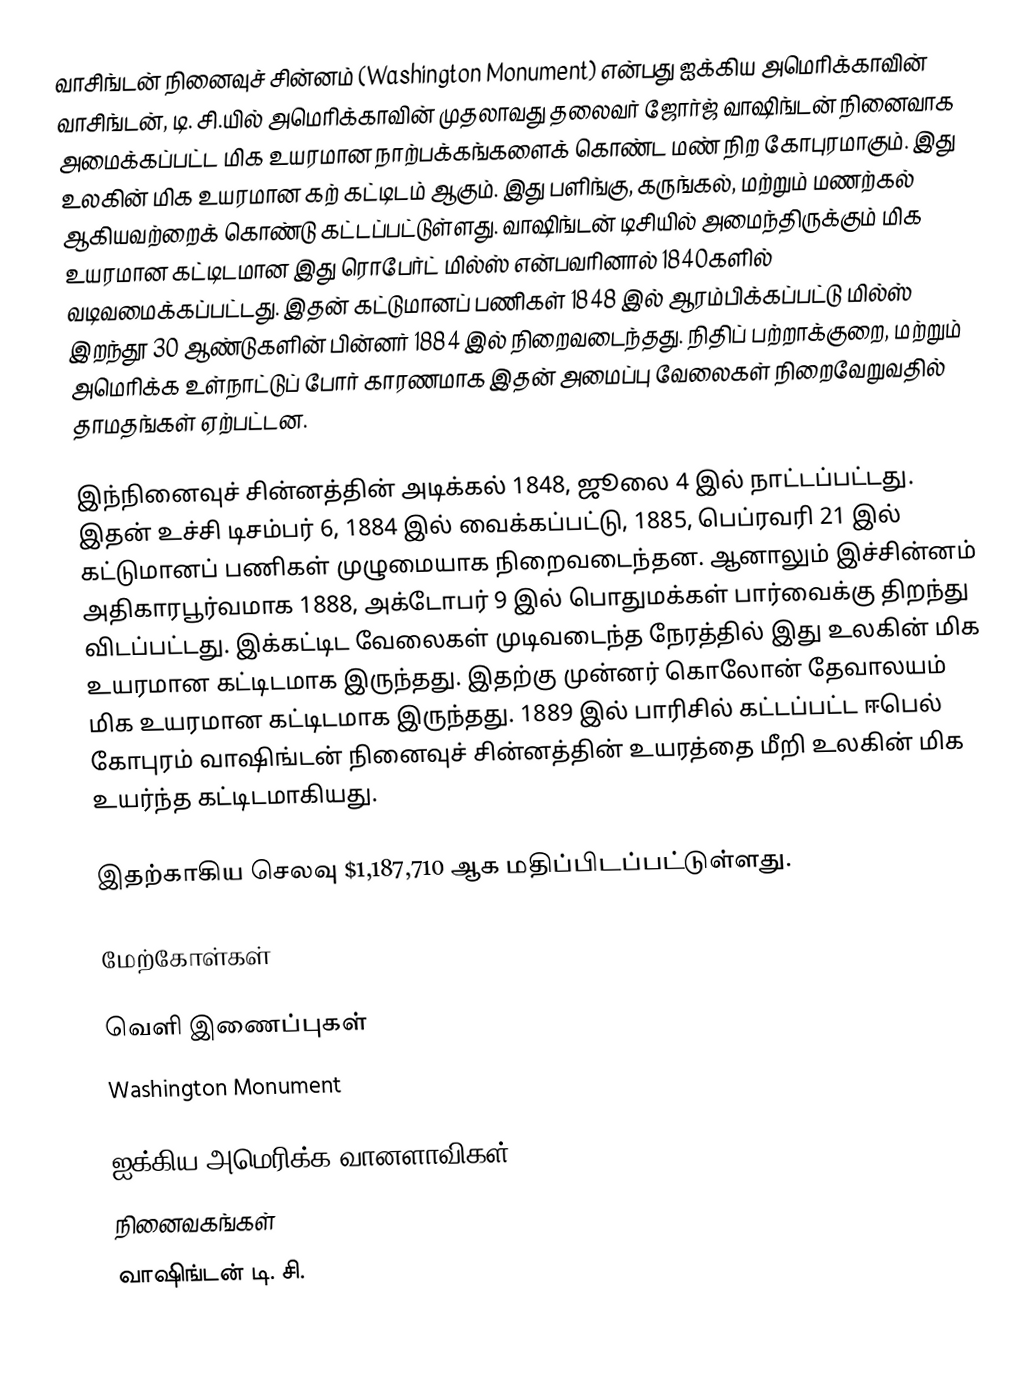
வாசிங்டன் நினைவுச் சின்னம் (Washington Monument) என்பது ஐக்கிய அமெரிக்காவின் வாசிங்டன், டி. சி.யில் அமெரிக்காவின் முதலாவது தலைவர் ஜோர்ஜ் வாஷிங்டன் நினைவாக அமைக்கப்பட்ட மிக உயரமான நாற்பக்கங்களைக் கொண்ட மண் நிற கோபுரமாகும். இது உலகின் மிக உயரமான கற் கட்டிடம் ஆகும். இது பளிங்கு, கருங்கல், மற்றும் மணற்கல் ஆகியவற்றைக் கொண்டு கட்டப்பட்டுள்ளது. வாஷிங்டன் டிசியில் அமைந்திருக்கும் மிக உயரமான கட்டிடமான இது ரொபேர்ட் மில்ஸ் என்பவரினால் 1840களில் வடிவமைக்கப்பட்டது. இதன் கட்டுமானப் பணிகள் 1848 இல் ஆரம்பிக்கப்பட்டு மில்ஸ் இறந்தூ 30 ஆண்டுகளின் பின்னர் 1884 இல் நிறைவடைந்தது. நிதிப் பற்றாக்குறை, மற்றும் அமெரிக்க உள்நாட்டுப் போர் காரணமாக இதன் அமைப்பு வேலைகள் நிறைவேறுவதில் தாமதங்கள் ஏற்பட்டன.

இந்நினைவுச் சின்னத்தின் அடிக்கல் 1848, ஜூலை 4 இல் நாட்டப்பட்டது. இதன் உச்சி டிசம்பர் 6, 1884 இல் வைக்கப்பட்டு, 1885, பெப்ரவரி 21 இல் கட்டுமானப் பணிகள் முழுமையாக நிறைவடைந்தன. ஆனாலும் இச்சின்னம் அதிகாரபூர்வமாக 1888, அக்டோபர் 9 இல் பொதுமக்கள் பார்வைக்கு திறந்து விடப்பட்டது. இக்கட்டிட வேலைகள் முடிவடைந்த நேரத்தில் இது உலகின் மிக உயரமான கட்டிடமாக இருந்தது. இதற்கு முன்னர் கொலோன் தேவாலயம் மிக உயரமான கட்டிடமாக இருந்தது. 1889 இல் பாரிசில் கட்டப்பட்ட ஈபெல் கோபுரம் வாஷிங்டன் நினைவுச் சின்னத்தின் உயரத்தை மீறி உலகின் மிக உயர்ந்த கட்டிடமாகியது.

இதற்காகிய செலவு $1,187,710 ஆக மதிப்பிடப்பட்டுள்ளது.

மேற்கோள்கள்

வெளி இணைப்புகள்
 Washington Monument

ஐக்கிய அமெரிக்க வானளாவிகள்
நினைவகங்கள்
வாஷிங்டன் டி. சி.